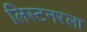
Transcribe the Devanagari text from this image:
लिस्टनरला